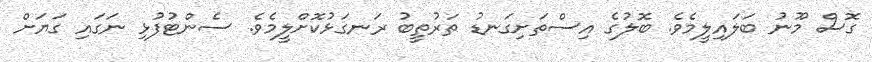
ގޮސް މޫނު ބަލައިލީމެވެ. ބޮލުގެ އިސްތަށިގަނޑު ތަރުތީބު ރަނގަޅުކޮށްލީމެވެ. ސެންޓުފުޅި ނަގައި ގަޔަށް